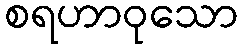
စရဟာဝုသော